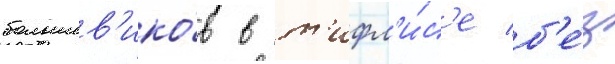
большев'ико́в в т'ифл'и́с'е б'е́з